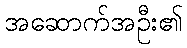
အဆောက်အဦး၏